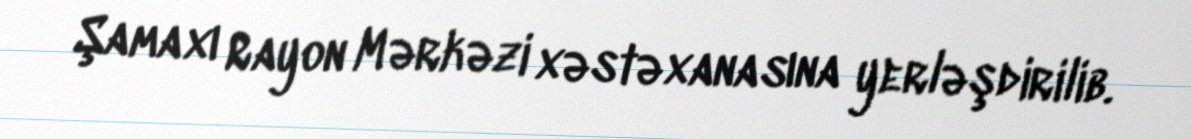
Şamaxı Rayon Mərkəzi xəstəxanasına yerləşdirilib.